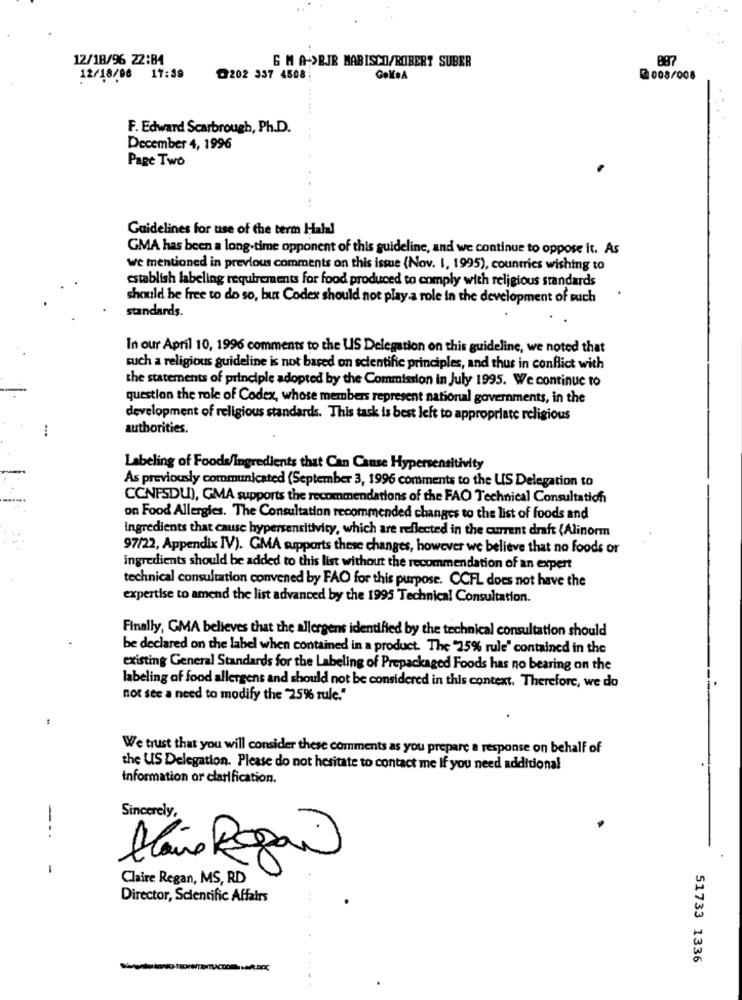
12/18/96 22:84
887
6 M A->BJR MARISCO/ROBERT SUBER
12/18/06 17:39
@202 337 4508;
GekeA
2008/008
F. Edward Scarbrough, Ph.D.
December 4, 1996
Page Two
Guidelines for use of the term Halal
GMA has been a long-time opponent of this guideline, and we continue to oppose it. As
we mentioned in previous comments on this issue (Nov. 1, 1995), countries wishing to
establish labeling requirements for food produced to comply with religious standards
should be free to do so, but Codex should not play.a role in the development of such
standards.
In our April 10, 1996 comments to the US Delegation on this guideline, we noted that
such a religious guideline is not based on scientific principles, and thus in conflict with
the statements of principle adopted by the Commission in July 1995. We continue to
question the role of Codex, whose members represent national governments, in the
development of religious standards. This task is best left to appropriate religious
authorities.
Labeling of Foods/Ingredients that Can Cause Hypersensitivity
As previously communicated (September 3, 1996 comments to the US Delegation to
CCNFSDU), GMA supports the recommendations of the FAO Technical Consultation
on Food Allergies. The Consultation recommended changes to the list of foods and
ingredients that cause hypersensitivity, which are reflected in the current draft (Alinorm
97/22, Appendix IV). GMA supports these changes, however we believe that no foods or
ingredients should be added to this list without the recommendation of an expert
technical consultation convened by FAO for this purpose. CCFL does not have the
expertise to amend the list advanced by the 1995 Technical Consultation.
Finally, GMA believes that the allergens identified by the technical consultation should
be declared on the label when contained in a product. The "25% rule" contained in the
existing General Standards for the Labeling of Prepackaged Foods has no bearing on the
labeling of food allergens and should not be considered in this context. Therefore, we do
not see a need to modify the "25% rule."
We trust that you will consider these comments as you prepare a response on behalf of
the US Delegation. Please do not hesitate to contact me If you need additional
information or clarification.
Sincerely,
--.
Maine Reagan
Claire Regan, MS, RD
Director, Scientific Affairs
51733 1336